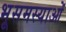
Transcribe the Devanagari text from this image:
भूसमस्याओं